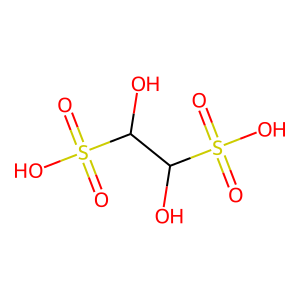
SMILES: O=S(=O)(O)C(O)C(O)S(=O)(=O)O
Inhibits HIV replication: No